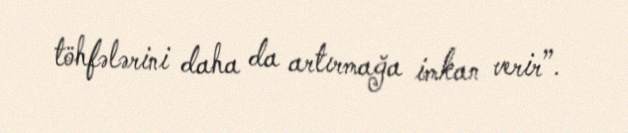
töhfələrini daha da artırmağa imkan verir”.